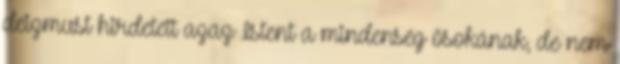
deizmust hirdetett azaz Istent a mindenség ősokának, de nem